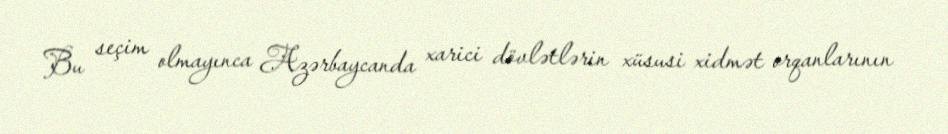
Bu seçim olmayınca Azərbaycanda xarici dövlətlərin xüsusi xidmət orqanlarının